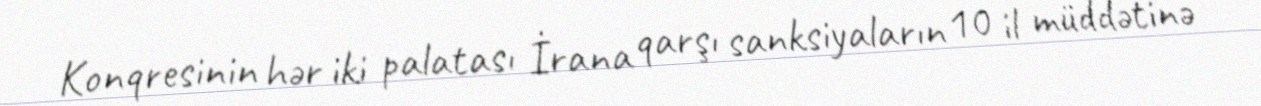
Konqresinin hər iki palatası İrana qarşı sanksiyaların 10 il müddətinə